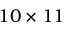
1 0 \times 1 1